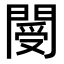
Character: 閿